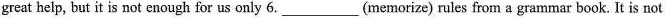
great help, but it is not enough for us only 6. ___(memorize) rules from a grammar book. It is not